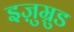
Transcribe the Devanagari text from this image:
इज़ुम्रुड